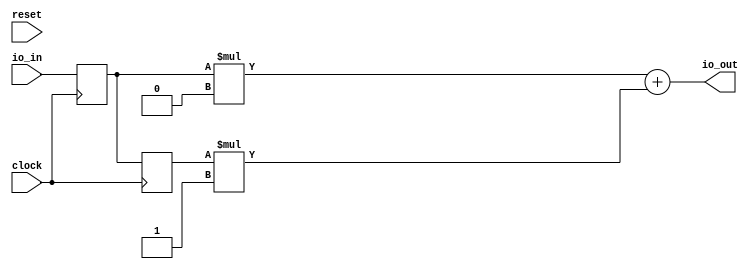
module FirFilter(
  input        clock,
  input        reset,
  input  [7:0] io_in,
  output [9:0] io_out
);
`ifdef RANDOMIZE_REG_INIT
  reg [31:0] _RAND_0;
  reg [31:0] _RAND_1;
`endif // RANDOMIZE_REG_INIT
  reg [7:0] zs_0; // @[cmd5.sc 7:15]
  reg [7:0] zs_1; // @[cmd5.sc 7:15]
  wire [8:0] products_0 = zs_0 * 1'h0; // @[cmd5.sc 14:61]
  wire [8:0] products_1 = zs_1 * 1'h1; // @[cmd5.sc 14:61]
  assign io_out = products_0 + products_1; // @[cmd5.sc 17:31]
  always @(posedge clock) begin
    zs_0 <= io_in; // @[cmd5.sc 8:9]
    zs_1 <= zs_0; // @[cmd5.sc 10:11]
  end
// Register and memory initialization
`ifdef RANDOMIZE_GARBAGE_ASSIGN
`define RANDOMIZE
`endif
`ifdef RANDOMIZE_INVALID_ASSIGN
`define RANDOMIZE
`endif
`ifdef RANDOMIZE_REG_INIT
`define RANDOMIZE
`endif
`ifdef RANDOMIZE_MEM_INIT
`define RANDOMIZE
`endif
`ifndef RANDOM
`define RANDOM $random
`endif
`ifdef RANDOMIZE_MEM_INIT
  integer initvar;
`endif
`ifndef SYNTHESIS
`ifdef FIRRTL_BEFORE_INITIAL
`FIRRTL_BEFORE_INITIAL
`endif
initial begin
  `ifdef RANDOMIZE
    `ifdef INIT_RANDOM
      `INIT_RANDOM
    `endif
    `ifndef VERILATOR
      `ifdef RANDOMIZE_DELAY
        #`RANDOMIZE_DELAY begin end
      `else
        #0.002 begin end
      `endif
    `endif
`ifdef RANDOMIZE_REG_INIT
  _RAND_0 = {1{`RANDOM}};
  zs_0 = _RAND_0[7:0];
  _RAND_1 = {1{`RANDOM}};
  zs_1 = _RAND_1[7:0];
`endif // RANDOMIZE_REG_INIT
  `endif // RANDOMIZE
end // initial
`ifdef FIRRTL_AFTER_INITIAL
`FIRRTL_AFTER_INITIAL
`endif
`endif // SYNTHESIS
endmodule